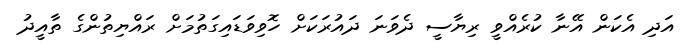
އަދި އެކަން އޭނާ ކުރެއްވީ ރިޔާސީ ދެވަނަ ދައުރަކަށް ހޮވިވަޑައިގަތުމަށް ރައްޔިތުންގެ ތާއީދު